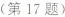
(第17题)